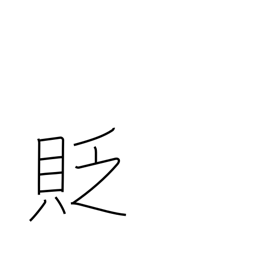
Meaning: belittle